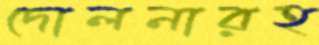
দোলনারহ